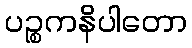
ပဉ္စကနိပါတော